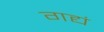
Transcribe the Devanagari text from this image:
गद्यं